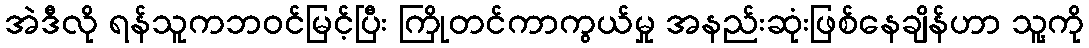
အဲဒီလို ရန်သူကဘဝင်မြင့်ပြီး ကြိုတင်ကာကွယ်မှု အနည်းဆုံးဖြစ်နေချိန်ဟာ သူ့ကို